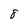
Character: 8